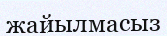
жайылмасыз